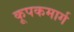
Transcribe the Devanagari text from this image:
कूपकमार्ग